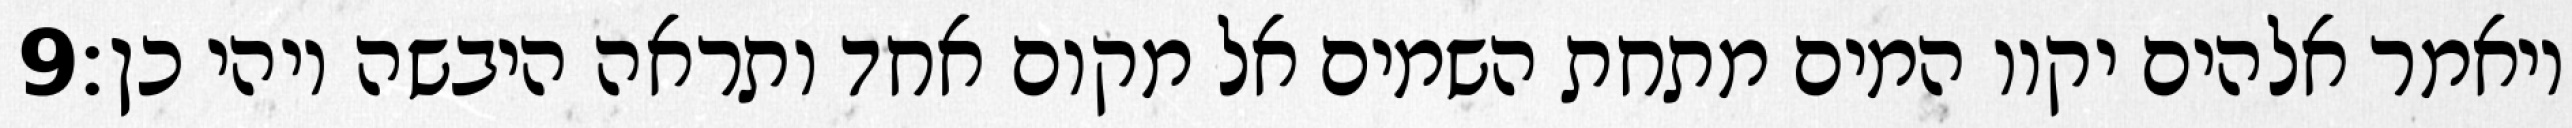
‎9‏ ויאמר אלהים יקוו המים מתחת השמים אל מקום אחד ותראה היבשה ויהי כן׃